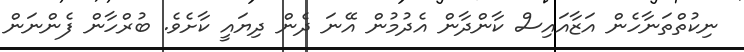
ނިކުތްތަނާހެން އަޒާއައިސް ކާންދާން އެދުމުން އޭނަ ދެން ދިޔައީ ކާށެވެ. ބުރްހާން ފެންނަން